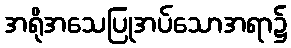
အရိုအသေပြုအပ်သောအရာ၌